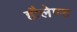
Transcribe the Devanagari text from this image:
हौलेण्ड